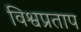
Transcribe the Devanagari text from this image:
विश्वप्रताप